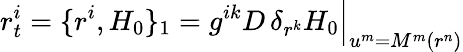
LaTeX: r_{t}^{i}=\{ r^{i},H_{0}\} _{1}=g^{ik}D\, \delta_{r^{k}}H_{0}\Big|_{u^{m}=M^{m}(r^{n})}